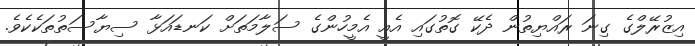
އިޒުރޭލްގެ ގިނަ ރައްޔިތުން ދެކޭ ގޮތުގައި އެއީ އެމީހުންގެ ސަލާމަތަށް ކަނޑައަޅާ ސިޔާސަތުތަކެކެވެ.